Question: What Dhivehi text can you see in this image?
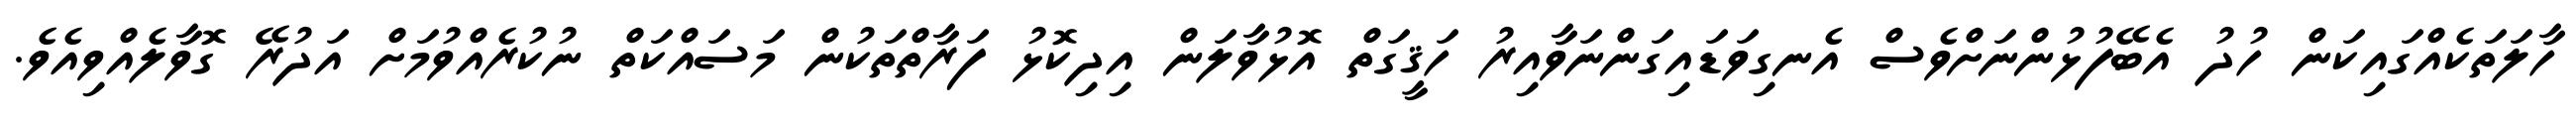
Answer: ހާލަތަކެއްގައިކަން ހުދު އެބޭފުޅުންނަށްވެސް އެނގިވަޑައިގަންނަވާއިރު ހަޤީގަތް އޮޅުވާލަން އިދިކޮޅު ފަރާތްތަކުން މަސައްކަތް ނުކުރެއްވުމަށް އަދުރޭ ގޮވާލެއްވިއެވެ.